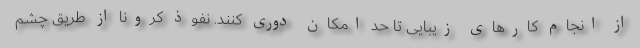
از انجام کارهای زیبایی تا حد امکان دوری کنند. نفوذ کرونا از طریق چشم